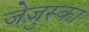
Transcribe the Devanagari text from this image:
जेज़ुस्का